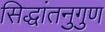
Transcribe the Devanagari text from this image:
सिद्धांतनुगुण